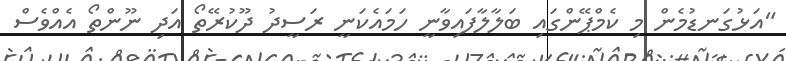
"އަޅުގަނޑުމެން މި ކެމްޕޭންގައި ބަލާލާފައިވާނީ ހަމައެކަނީ ރަސީދު ދޫކުރޭތޯ އަދި ނޫންތޯ އެއްވެސް